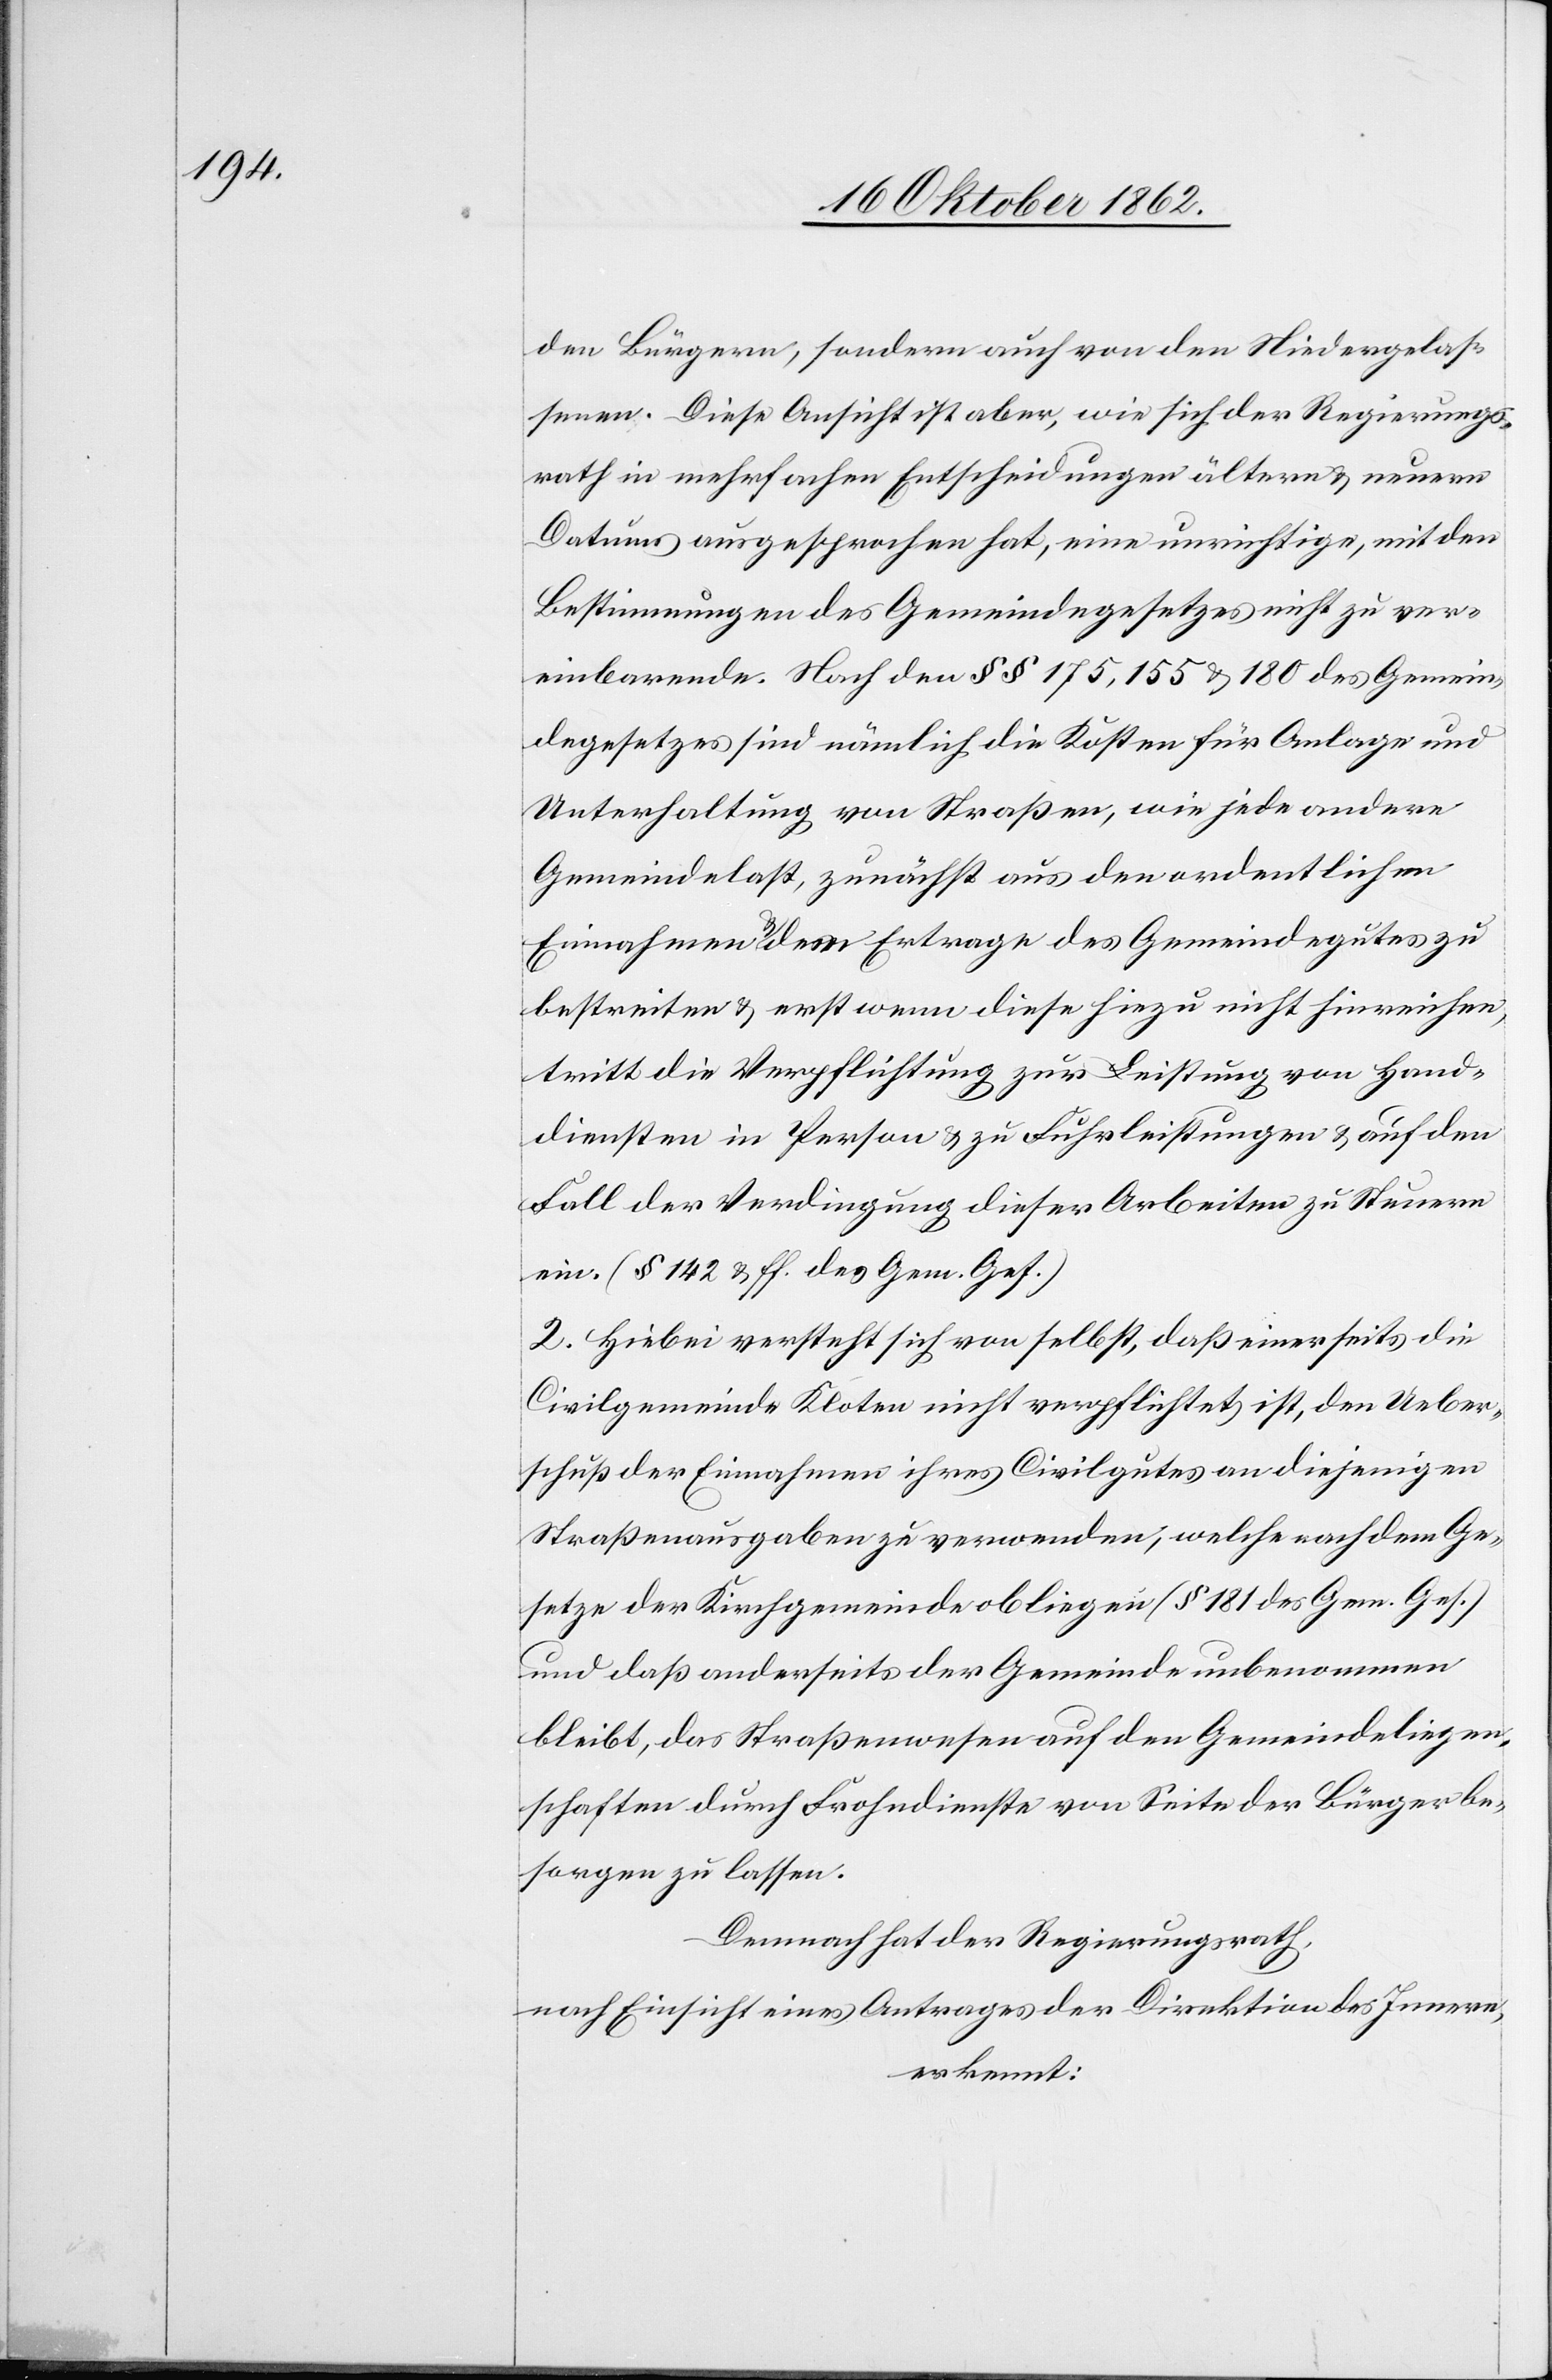
den Bürgern, sondern auch von den Niedergelas¬
senen. Diese Ansicht ist aber, wie sich der Regierungs¬
rath in mehrfachen Entscheidungen ältern u. neuern
Datums ausgesprochen hat, eine unrichtige, mit den
Bestimmungen des Gemeindegesetzes nicht zu ver¬
einbarende. Nach den §§ 175, 155 u. 180 des Gemein¬
degesetzes sind nämlich die Kosten für Anlage und
Unterhaltung von Straßen, wie jede andere
Gemeindelast, zunächst aus den ordentlichen
Einnahmen u. dem Ertrage des Gemeindegutes zu
bestreiten u. erst wenn diese hiezu nicht hinreichen,
tritt die Verpflichtung zur Leistung von Hand¬
diensten in Person u. zu Fuhrleistungen u. auf den
Fall der Verdingung dieser Arbeiten zu Steuern
ein. (§ 142 u. ff. des Gem. Ges.)
2. Hiebei versteht sich von selbst, daß einerseits die
Civilgemeinde Kloten nicht verpflichtet ist, den Ueber¬
schuß der Einnahmen ihres Civilgutes an diejenigen
Straßenausgaben zu verwenden, welche nach dem Ge¬
setze der Kirchgemeinde obliegen (§ 181 des Gem. Ges.)
und daß anderseits der Gemeinde unbenommen
bleibt, das Straßenwesen auf den Gemeindeliegen¬
schaften durch Frohndienste von Seite der Bürger be¬
sorgen zu lassen.
Demnach hat der Regierungsrath,
nach Einsicht eines Antrages der Direktion des Innern,
erkennt: